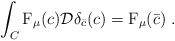
LaTeX: \begin{align*}\int_{C}\mathrm{F}_{\mu}(c)\mathcal{D}\delta_{\bar{c}}(c)=\mathrm{F}_{\mu}(\bar{c})\;.\end{align*}